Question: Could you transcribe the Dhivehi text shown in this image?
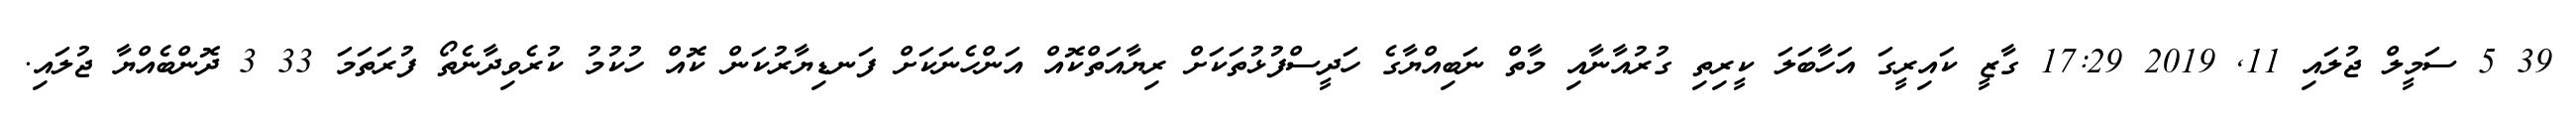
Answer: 39 5 ސަމީލް ޖުލައި 11, 2019 17:29 ގާޒީ ކައިރީގަ އަހާބަލަ ކީރިތި ގުރުއާނާއި މާތް ނަބިއްޔާގެ ހަދީސްފުޅުތަކަށް ރިޔާއަތްކޮއް އަންހެނަކަށް ފަނޑިޔާރުކަން ކޮއް ހުކުމު ކުރެވިދާނެތޯ ފުރަތަމަ 33 3 ދޮންބެއްޔާ ޖުލައި.